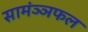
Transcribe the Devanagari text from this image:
सामंञ्ञफल